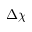
\Delta \chi